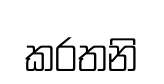
කරතනි